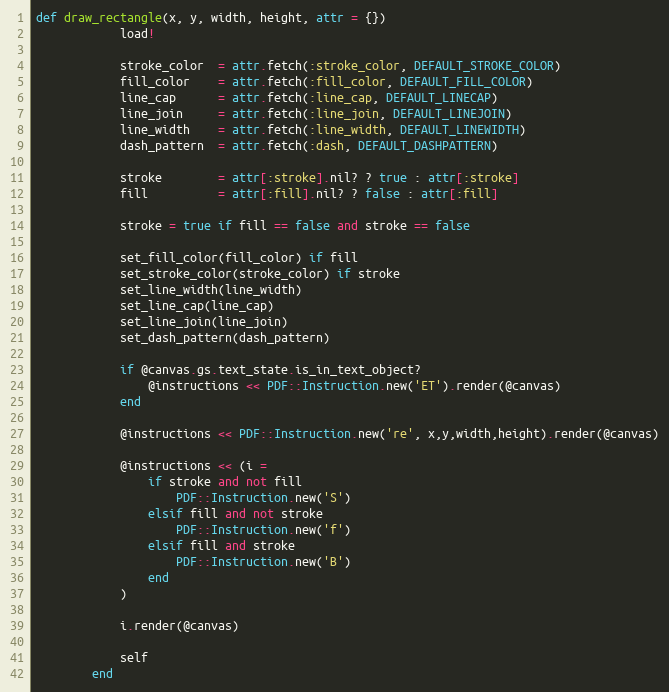
Language: Ruby
def draw_rectangle(x, y, width, height, attr = {})
            load!

            stroke_color  = attr.fetch(:stroke_color, DEFAULT_STROKE_COLOR)
            fill_color    = attr.fetch(:fill_color, DEFAULT_FILL_COLOR)
            line_cap      = attr.fetch(:line_cap, DEFAULT_LINECAP)
            line_join     = attr.fetch(:line_join, DEFAULT_LINEJOIN)
            line_width    = attr.fetch(:line_width, DEFAULT_LINEWIDTH)
            dash_pattern  = attr.fetch(:dash, DEFAULT_DASHPATTERN)

            stroke        = attr[:stroke].nil? ? true : attr[:stroke]
            fill          = attr[:fill].nil? ? false : attr[:fill]

            stroke = true if fill == false and stroke == false

            set_fill_color(fill_color) if fill
            set_stroke_color(stroke_color) if stroke
            set_line_width(line_width)
            set_line_cap(line_cap)
            set_line_join(line_join)
            set_dash_pattern(dash_pattern)

            if @canvas.gs.text_state.is_in_text_object?
                @instructions << PDF::Instruction.new('ET').render(@canvas)
            end

            @instructions << PDF::Instruction.new('re', x,y,width,height).render(@canvas)

            @instructions << (i =
                if stroke and not fill
                    PDF::Instruction.new('S')
                elsif fill and not stroke
                    PDF::Instruction.new('f')
                elsif fill and stroke
                    PDF::Instruction.new('B')
                end
            )

            i.render(@canvas)

            self
        end